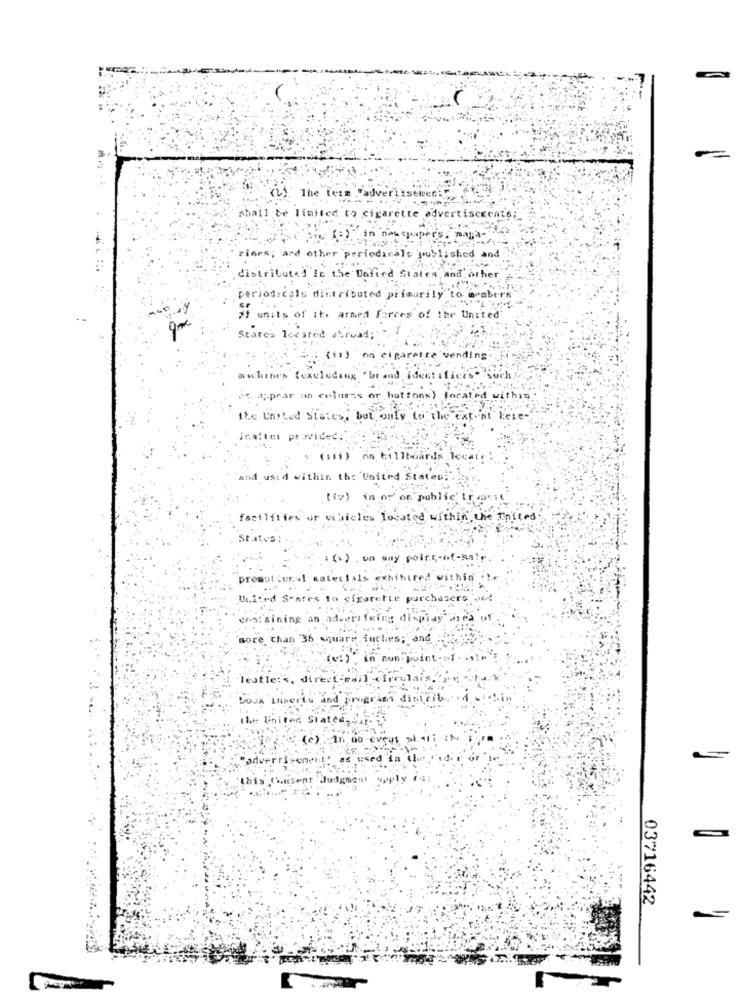
iselten
(L) The term
Padve
shall be limited to cigarette advertisecents;
in now sp
pers .
inrs; and other periodicals published and
distributed in the United States, and other
periodicals distributed primarily to arabers
# units of it. armed forces of the United
States located abroad: " 1
(11) on cigarette vending
aschines (excluding "brand identificas""Such'
is appear on colurts or buttons> located within
the United States, but only to the extent here-
inatter provided.
.(19)
on billboards lecal
and used within the United States.
.(iv) in of' on"public' ira
fseililies or vehicles located within the United.
States :
promotions! water
1als exhibited
hid
United Soares
cigar
en:sining an
more than 36 squa
leatle:'s, direct -rail
reulais.
rogrins di
the United Stat
03716442